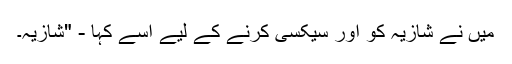
میں نے شازیہ کو اور سیکسی کرنے کے لیے اسے کہا - "شازیہ۔